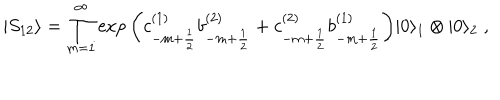
| S _ { 1 2 } \rangle = \prod _ { m = 1 } ^ { \infty } \exp { \left( c _ { - m + \frac { 1 } { 2 } } ^ { ( 1 ) } b _ { - m + \frac { 1 } { 2 } } ^ { ( 2 ) } + c _ { - m + \frac { 1 } { 2 } } ^ { ( 2 ) } b _ { - m + \frac { 1 } { 2 } } ^ { ( 1 ) } \right) } | 0 \rangle _ { 1 } \otimes | 0 \rangle _ { 2 } \; ,